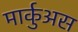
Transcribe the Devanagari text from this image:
मार्कुअस